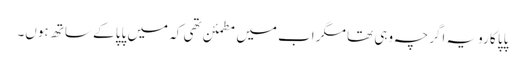
پاپا کا رویہ اگرچہ وہی تھا مگر اب میں مطمئن تھی کہ میں پاپا کے ساتھ ہوں۔